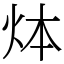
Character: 㶱